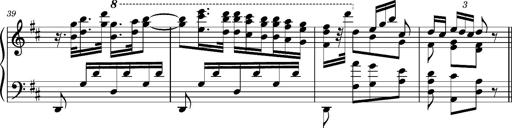
Title: Ungarischer Romanzero
Composer: Franz Liszt